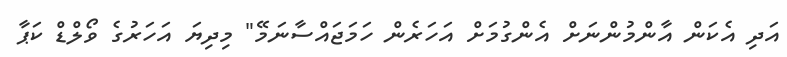
އަދި އެކަން އާންމުންނަށް އެންގުމަށް އަހަރެން ހަމަޖައްސާނަމޭ" މިދިޔަ އަހަރުގެ ވޯލްޑް ކަޕާ